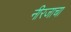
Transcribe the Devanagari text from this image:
नीरजाचा